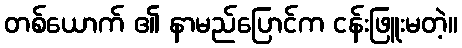
တစ်ယောက် ၏ နာမည်ပြောင်က ငန်းဖြူးမတဲ့။